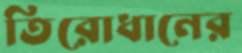
তিরোধানের